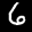
Label: 6